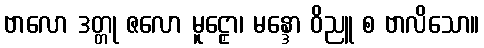
ဗာလော ဒတ္တု ဇလော မူဠှော၊ မန္ဒော ဝိညူ စ ဗာလိသော။